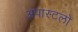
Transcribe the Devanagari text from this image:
अपास्टलो